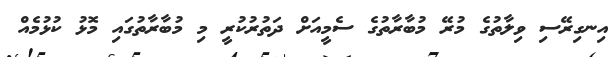
އިނގިރޭސި ވިލާތުގެ މުރޭ މުބާރާތުގެ ސެމީއަށް ދަތުރުކުރީ މި މުބާރާތުގައި މޮޅު ކުޅުމެއް